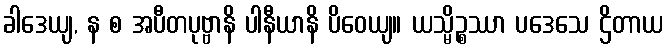
ခါဒေယျ, န စ အပီတပုဗ္ဗာနိ ပါနီယာနိ ပိဝေယျ။ ယသ္မိဉ္စဿာ ပဒေသေ ဌိတာယ